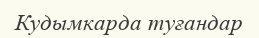
Кудымкарда туғандар